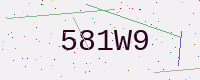
Text: 581W9